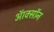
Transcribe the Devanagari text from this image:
ऑक्सॉन